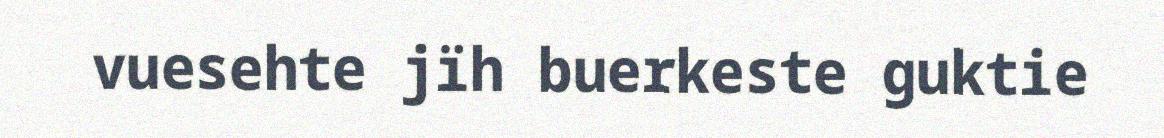
vuesehte jïh buerkeste guktie